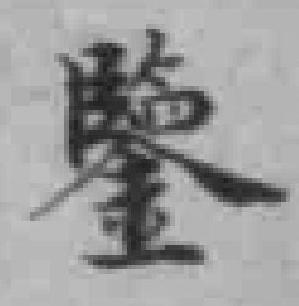
鑒